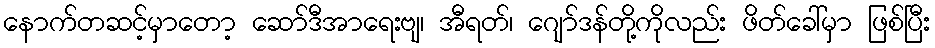
နောက်တဆင့်မှာတော့ ဆော်ဒီအာရေးဗျ၊ အီရတ်၊ ဂျော်ဒန်တို့ကိုလည်း ဖိတ်ခေါ်မှာ ဖြစ်ပြီး